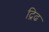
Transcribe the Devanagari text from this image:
द्रिढ